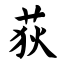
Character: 荻